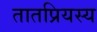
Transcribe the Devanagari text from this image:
तातप्रियस्य